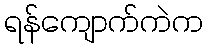
ရန်ကျောက်ကဲက